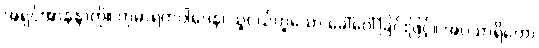
အရှင်အာနန္ဒာကို။ ကုမာရကဝါဒေန၊ သူငယ်ဟူသော ခေါ်ဝေါ်ခြင်းဖြင့်။ အပသာရိတော